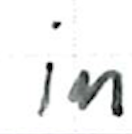
Text: in
Cross-out: clean
Writing tool: ballpoint